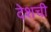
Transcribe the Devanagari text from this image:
देशची